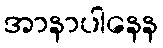
အာနာပါနေန